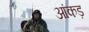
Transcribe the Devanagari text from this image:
आंकड़